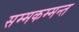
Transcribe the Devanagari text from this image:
सम्मकम्मन्त